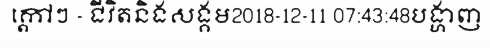
ក្តៅៗ - ជីវិតនិងសង្គម2018-12-11 07:43:48បង្ហាញ